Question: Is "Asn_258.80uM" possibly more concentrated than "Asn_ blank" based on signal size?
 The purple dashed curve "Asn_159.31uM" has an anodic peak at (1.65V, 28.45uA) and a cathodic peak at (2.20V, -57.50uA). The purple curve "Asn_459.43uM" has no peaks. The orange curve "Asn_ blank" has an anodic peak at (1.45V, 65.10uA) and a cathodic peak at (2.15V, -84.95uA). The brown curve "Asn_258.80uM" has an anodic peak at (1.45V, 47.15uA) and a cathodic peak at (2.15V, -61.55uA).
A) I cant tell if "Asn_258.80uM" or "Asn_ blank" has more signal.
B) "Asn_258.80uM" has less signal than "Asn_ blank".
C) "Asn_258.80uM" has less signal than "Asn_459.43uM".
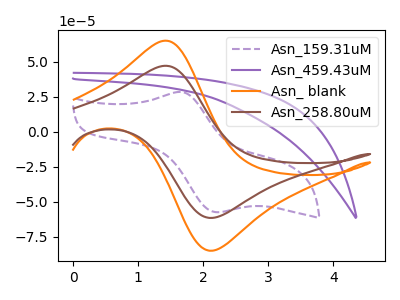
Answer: <think>All the peaks in "Asn_258.80uM" have a peak in "Asn_ blank" at the same potential. Every peak in "Asn_258.80uM" is lower than every peak in "Asn_ blank".
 </think>
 <answer>B) "Asn_258.80uM" has less signal than "Asn_ blank".</answer>
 <eval>B</eval>